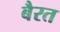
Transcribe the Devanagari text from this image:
बैरत